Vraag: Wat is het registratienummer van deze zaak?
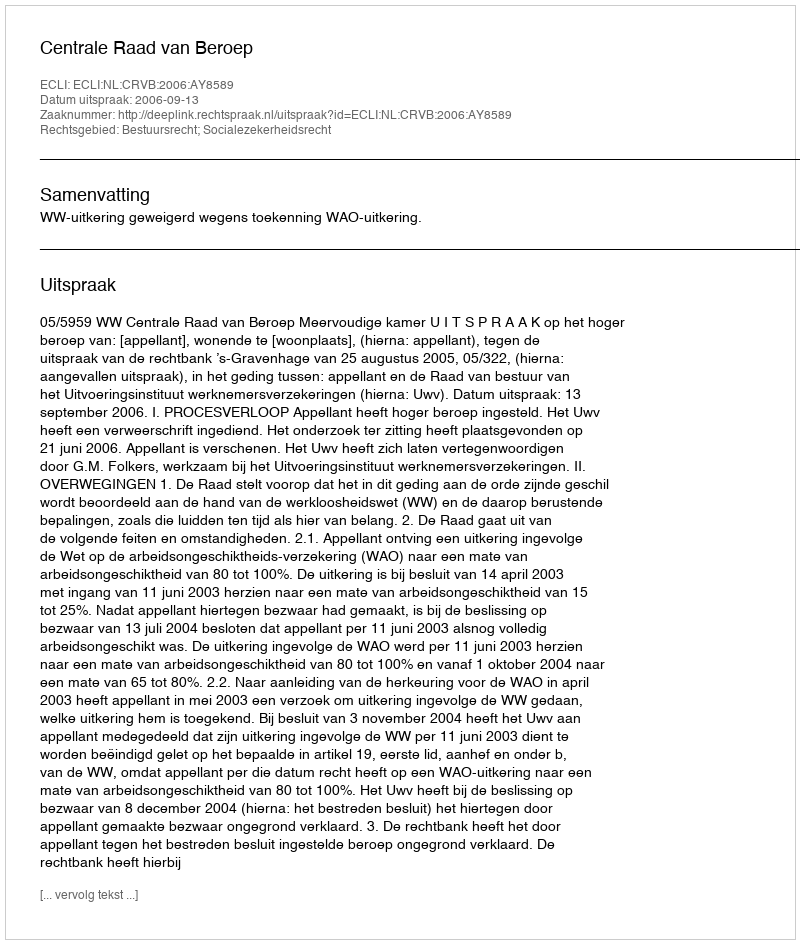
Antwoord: http://deeplink.rechtspraak.nl/uitspraak?id=ECLI:NL:CRVB:2006:AY8589